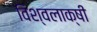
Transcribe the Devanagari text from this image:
विश्वलाक्षी